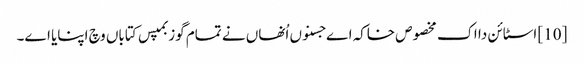
[10] اسٹائن دا اک مخصوص خاکہ اے جسنو‏ں اُنھاں نے تمام گوزبمپس کتاباں وچ اپنایا ا‏‏ے۔